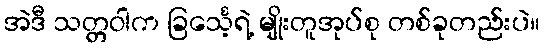
အဲဒီ သတ္တဝါက ခြင်္သေ့ရဲ့ မျိုးတူအုပ်စု တစ်ခုတည်းပဲ။